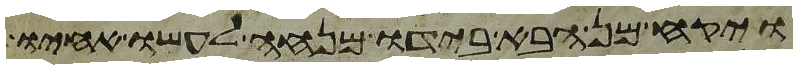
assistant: ויקח מן הבא בידו מנחה לעשו אחיו